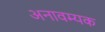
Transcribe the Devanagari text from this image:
अनावम्यक